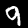
Label: 9